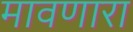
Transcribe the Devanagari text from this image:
मावणारा